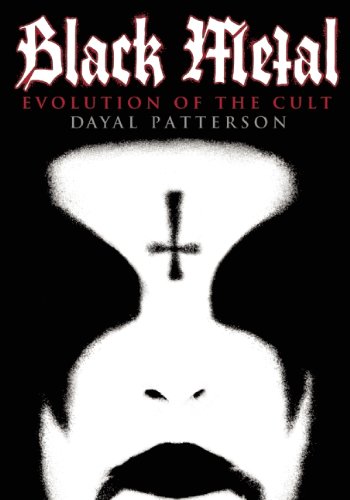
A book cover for Black Metal: Evolution of the Cult; Dayal Patterson; Arts & Photography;